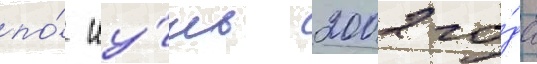
по́ иу́ль 2002 го́да